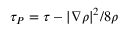
\tau _ { P } = \tau - | \nabla \rho | ^ { 2 } / 8 \rho